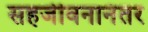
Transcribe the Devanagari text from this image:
सहजीवनानंतर